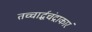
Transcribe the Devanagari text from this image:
तच्चार्द्धचंद्राकारं